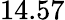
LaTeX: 14.57